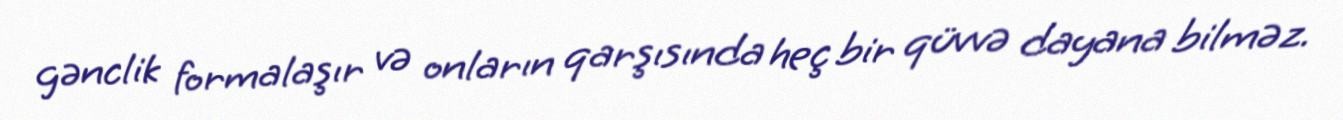
gənclik formalaşır və onların qarşısında heç bir qüvvə dayana bilməz.